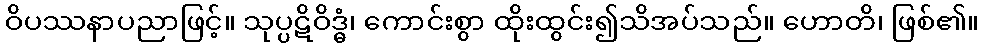
ဝိပဿနာပညာဖြင့်။ သုပ္ပဋိဝိဒ္ဓံ၊ ကောင်းစွာ ထိုးထွင်း၍သိအပ်သည်။ ဟောတိ၊ ဖြစ်၏။